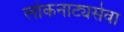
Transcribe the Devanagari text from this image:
लोकनाट्यसेवा